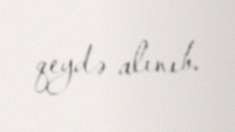
qeydə alınıb.